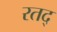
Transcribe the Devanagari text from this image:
रतद्